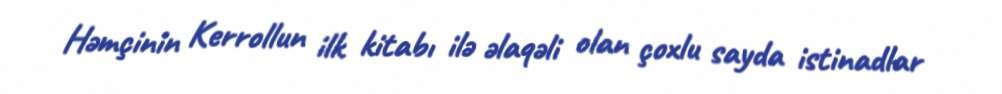
Həmçinin Kerrollun ilk kitabı ilə əlaqəli olan çoxlu sayda istinadlar